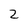
Character: 2